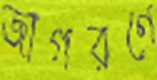
জাগরণে